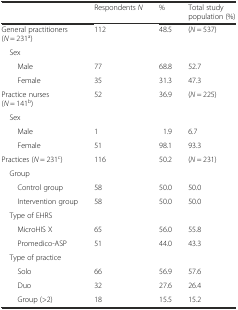
|  | Respondents N | % | Total study population (%) |
 | --- | --- | --- | --- |
 | General practitioners (N = 231a) | 112 | 48.5 | (N = 537) |
 | <COLSPAN=4> Sex |
 | Male | 77 | 68.8 | 52.7 |
 | Female | 35 | 31.3 | 47.3 |
 | Practice nurses (N = 141b) | 52 | 36.9 | (N = 225) |
 | <COLSPAN=4> Sex |
 | Male | 1 | 1.9 | 6.7 |
 | Female | 51 | 98.1 | 93.3 |
 | Practices (N = 231c) | 116 | 50.2 | (N = 231) |
 | <COLSPAN=4> Group |
 | Control group | 58 | 50.0 | 50.0 |
 | Intervention group | 58 | 50.0 | 50.0 |
 | <COLSPAN=4> Type of EHRS |
 | MicroHIS X | 65 | 56.0 | 55.8 |
 | Promedico-ASP | 51 | 44.0 | 43.3 |
 | <COLSPAN=4> Type of practice |
 | Solo | 66 | 56.9 | 57.6 |
 | Duo | 32 | 27.6 | 26.4 |
 | Group (>2) | 18 | 15.5 | 15.2 |